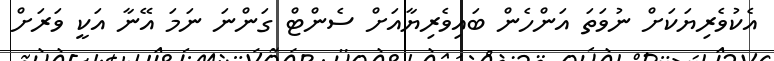
އެކުވެރިޔަކަށް ނުވަަތަ އަންހެން ބައިވެރިޔާއަށް ސެންޓް ގަންނަ ނަމަ އޭނާ އަކީ ވަރަށް